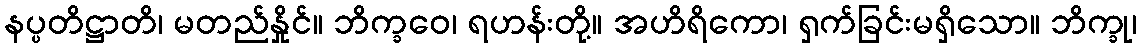
နပ္ပတိဋ္ဌာတိ၊ မတည်နှိုင်။ ဘိက္ခဝေ၊ ရဟန်းတို့။ အဟိရိကော၊ ရှက်ခြင်းမရှိသော။ ဘိက္ခု၊